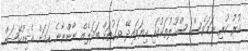
ކުރު ކުރި ނަމަވެސް ސްކޫލުތަކުގައި ކިޔަވައިދޭ ވަގުތަށް ބަދަލެއް ނާންނާނެ ކަމަށް އެޑިއުކޭޝަން